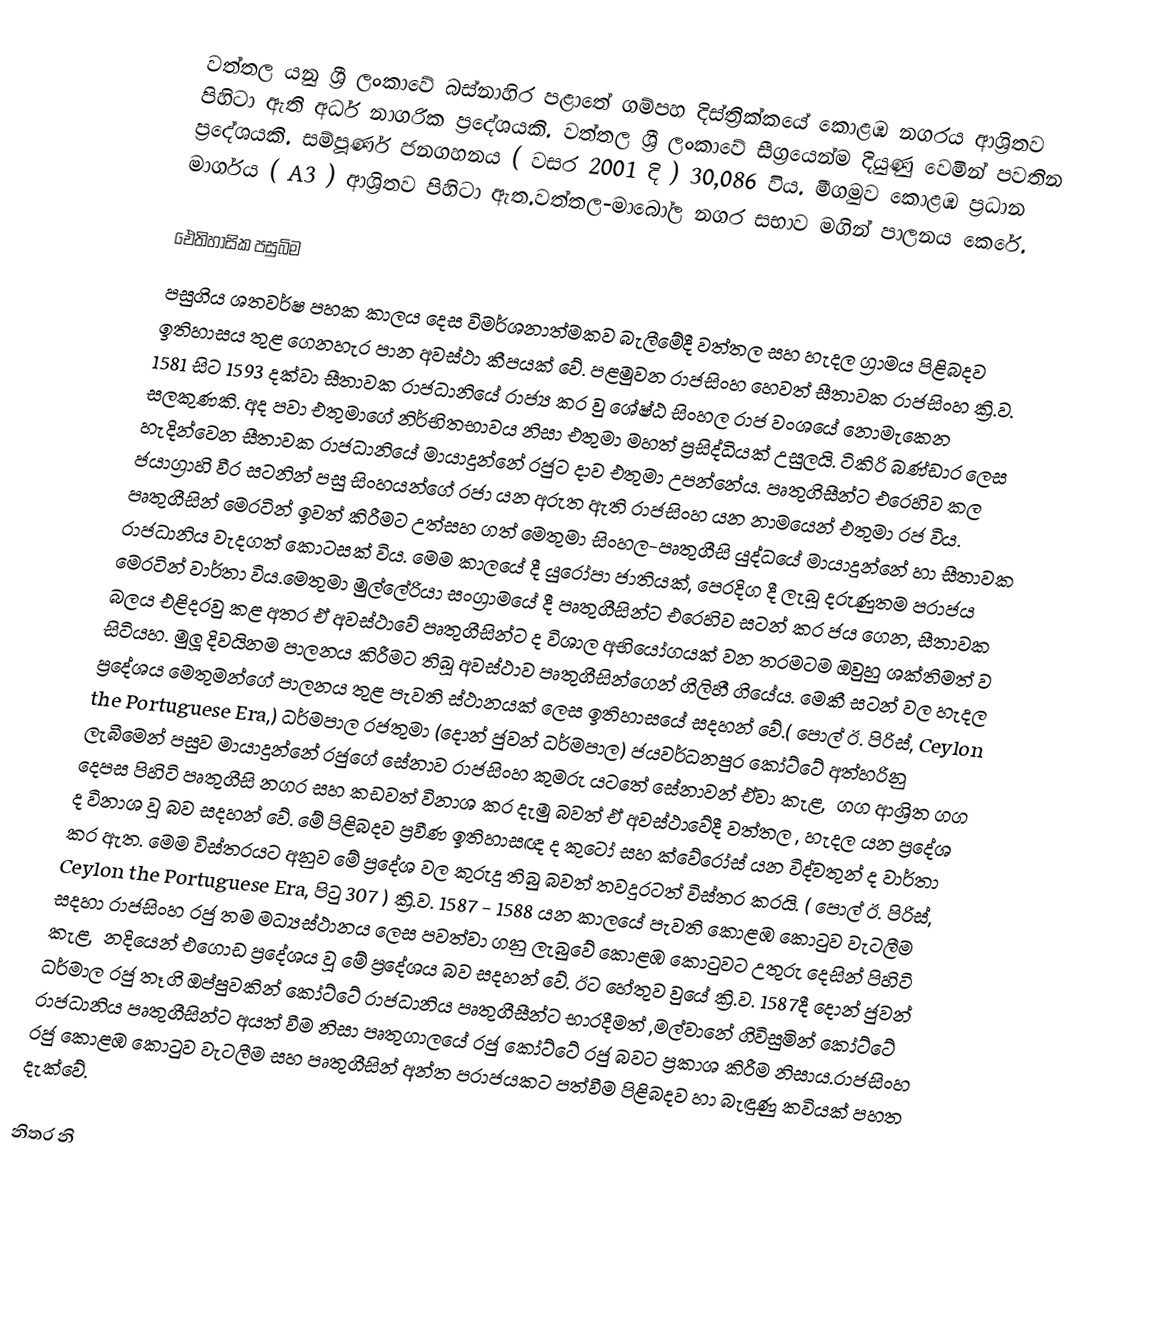
වත්තල  යනු ශ්‍රී ලංකාවේ බස්නාහිර පළාතේ  ගම්පහ දිස්ත්‍රික්කයේ	 කොළඹ නගරය ආශ්‍රිතව පිහිටා ඇති අර්ධ නාගරික ප්‍රදේශයකි. වත්තල  ශ්‍රී ලංකාවේ සීග්‍රයෙන්ම දියුණු වෙමින් පවතින ප්‍රදේශයකි. සම්පූර්ණ ජනගහනය ( වසර 2001 දි ) 30,086	 විය. මීගමුව  කොළඹ ප්‍රධාන මාර්ගය ( A3 ) ආශ්‍රිතව පිහිටා ඇත.වත්තල-මාබෝල නගර සභාව මගින් පාලනය කෙරේ.

ඓතිහාසික පසුබිම
පසුගිය ශතවර්ෂ පහක කාලය දෙස විමර්ශනාත්මකව බැලීමේදී වත්තල සහ හැදල ග්‍රාමය පිළිබදව ඉතිහාසය තුළ ගෙනහැර පාන අවස්ථා කීපයක් වේ. පළමුවන රාජසිංහ හෙවත්  සීතාවක රාජසිංහ  ක්‍රි.ව. 1581 සිට 1593 දක්වා සීතාවක රාජධානියේ රාජ්‍ය කර වු ශේෂ්ඨ සිංහල රාජ වංශයේ නොමැකෙන සලකුණකි. අද පවා එතුමාගේ නිර්භිතභාවය නිසා එතුමා මහත් ප්‍රසිද්ධියක් උසුලයි. ටිකිරි බණ්ඩාර ලෙස හැදින්වෙන සීතාවක රාජධානියේ මායාදුන්නේ රජුට දාව එතුමා උපන්නේය.  පෘතුගිසීන්ට එරෙහිව කල ජයාග්‍රාහි වීර සටනින් පසු සිංහයන්ගේ රජා යන අරුත ඇති රාජසිංහ යන නාමයෙන් එතුමා රජ විය. පෘතුගීසින් මෙරටින් ඉවත් කිරීමට උත්සහ ගත් මෙතුමා  සිංහල-පෘතුගීසි යුද්ධයේ මායාදුන්නේ හා සීතාවක රාජධානිය වැදගත් කොටසක් විය. මෙම කාලයේ දී යුරෝපා ජාතියක්, පෙරදිග දී ලැබූ දරුණුතම පරාජය මෙරටින් වාර්තා විය.මෙතුමා  මුල්ලේරියා සංග්‍රාමයේ දී පෘතුගීසින්ට එරෙහිව සටන් කර ජය ගෙන, සීතාවක බලය එළිදරවු කළ අතර  ඒ අවස්ථාවේ පෘතුගීසින්ට ද විශාල අභියෝගයක් වන තරමටම ඔවුහු ශක්තිමත් ව සිටියහ. මුලූ දිවයිනම පාලනය කිරීමට තිබූ අවස්ථාව පෘතුගීසින්ගෙන් ගිලිහී ගියේය. මෙකී සටන් වල හැදල ප්‍රදේශය මෙතුමන්ගේ පාලනය තුළ පැවති ස්ථානයක් ලෙස ඉතිහාසයේ සදහන් වේ.( පොල් ඊ. පිරිස්, Ceylon the Portuguese Era,) ධර්මපාල රජතුමා (දොන් ජුවන් ධර්මපාල) ජයවර්ධනපුර කෝට්ටේ අත්හරිනු ලැබීමෙන් පසුව මායාදුන්නේ රජුගේ සේනාව රාජසිංහ කුමරු යටතේ සේනාවන් ඒවා කැළ‚ ගග ආශ්‍රිත ගග දෙපස පිහිටි පෘතුගීසි නගර සහ කඩවත් විනාශ කර දැමු බවත් ඒ අවස්ථාවේදී වත්තල , හැදල යන ප්‍රදේශ ද විනාශ වූ බව සදහන් වේ. මේ පිළිබදව ප්‍රවීණ ඉතිහාසඥ ද කුටෝ සහ ක්වේරෝස් යන විද්වතුන් ද වාර්තා කර ඇත. මෙම විස්තරයට අනුව මේ ප්‍රදේශ වල කුරුදු තිබු බවත් තවදුරටත් විස්තර කරයි. ( පොල් ඊ. පිරිස්, Ceylon the Portuguese Era, පිටු 307 ) ක්‍රි.ව. 1587 - 1588 යන කාලයේ පැවති කොළඹ කොටුව වැටලීම සදහා රාජසිංහ රජු තම මධ්‍යස්ථානය ලෙස පවත්වා ගනු ලැබුවේ කොළඹ කොටුවට උතුරු දෙසින් පිහිටි කැළ‚ නදියෙන් එගොඩ ප්‍රදේශය වූ මේ ප්‍රදේශය බව සදහන් වේ. ඊට හේතුව වුයේ ක්‍රි.ව. 1587දී දොන් ජුවන් ධර්මාල රජු  තෑගි ඔප්පුවකින් කෝට්ටේ රාජධානිය පෘතුගීසීන්ට භාරදීමත් ,මල්වානේ ගිවිසුමින් කෝට්ටේ රාජධානිය පෘතුගීසින්ට අයත් වීම නිසා පෘතුගාලයේ රජු කෝට්ටේ රජු බවට ප්‍රකාශ කිරීම නිසාය.රාජසිංහ රජු කොළඹ කොටුව වැටලීම සහ පෘතුගීසින් අන්ත පරාජයකට පත්වීම පිළිබදව  හා බැඳුණු කවියක් පහත දැක්වේ.

නිතර නි